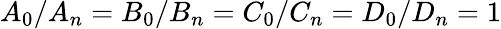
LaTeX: A_{0}/A_{n}=B_{0}/B_{n}=C_{0}/C_{n}=D_{0}/D_{n}=1